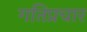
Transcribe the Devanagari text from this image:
गतिप्रचार